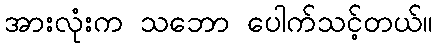
အားလုံးက သဘော ပေါက်သင့်တယ်။